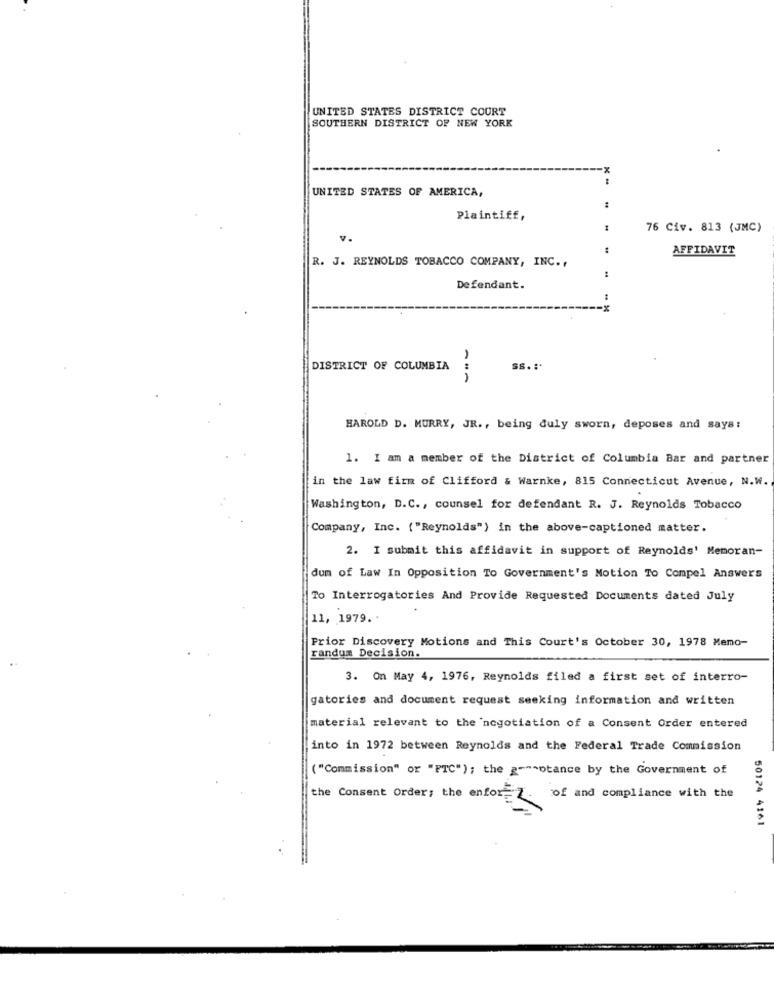
UNITED STATES DISTRICT COURT
SOUTHERN DISTRICT OF NEW YORK
UNITED STATES OF AMERICA,
Plaintiff,
76 Civ. 813 (JMC)
AFFIDAVIT
R. J. REYNOLDS TOBACCO COMPANY, INC .,
Defendant.
DISTRICT OF COLUMBIA
Ss. :*
HAROLD D. MURRY, JR ., being duly sworn, deposes and says:
1. I am a member of the District of Columbia Bar and partner
in the law firm of Clifford & Warnke, 815 Connecticut Avenue, N.W.
Washington, D.C ., counsel for defendant R. J. Reynolds Tobacco
Company, Inc. ( "Reynolds") in the above-captioned matter.
2. I submit this affidavit in support of Reynolds' Memoran-
dum of Law In Opposition To Government's Motion To Compel Answers
To Interrogatories And Provide Requested Documents dated July
11, 1979. .
Prior Discovery Motions and This Court's October 30, 1978 Memo-
randum Decision.
3. On May 4, 1976, Reynolds filed a first set of interro-
gatories and document request seeking information and written
material relevant to the negotiation of a Consent Order entered
into in 1972 between Reynolds and the Federal Trade Commission
("Commission" or "PTC"); the g-""otance by the Government of
the Consent Order: the enfor 2
of and compliance with the
50124 4161